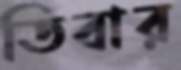
তিবার